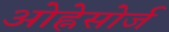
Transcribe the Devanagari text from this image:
ओह्नेसोर्ज